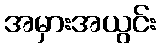
အမှားအယွင်း